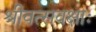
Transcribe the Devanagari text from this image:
श्रीवत्सवक्षाः